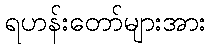
ရဟန်းတော်များအား